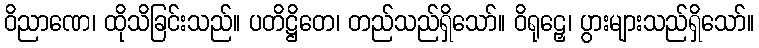
ဝိညာဏေ၊ ထိုသိခြင်းသည်။ ပတိဋ္ဌိတေ၊ တည်သည်ရှိသော်။ ဝိရုဠှေ၊ ပွားများသည်ရှိသော်။